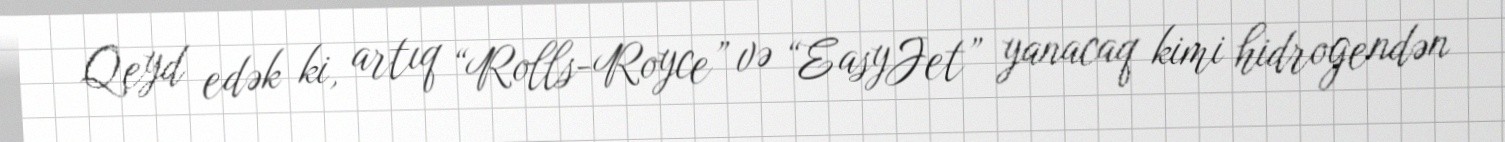
Qeyd edək ki, artıq “Rolls-Royce” və “EasyJet” yanacaq kimi hidrogendən